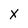
Character: X